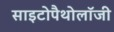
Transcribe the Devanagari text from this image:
साइटोपैथोलॉजी